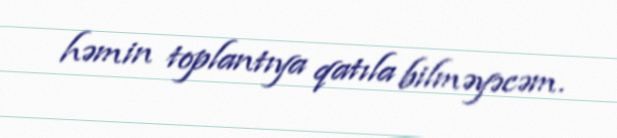
həmin toplantıya qatıla bilməyəcəm.